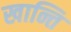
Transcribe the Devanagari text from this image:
खान्ति